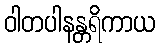
ဝါတပါနန္တရိကာယ